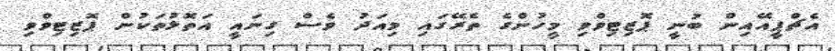
އެޗްޕީއޭއިން ބުނީ ޕޮޒިޓިވްވި މީހުންގެ ތެރޭގައި މިއަދު ވެސް ގިނައީ އަތޮޅުތަކުން ޕޮޒިޓިވްވި